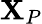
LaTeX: \mathbf{X}_{P}